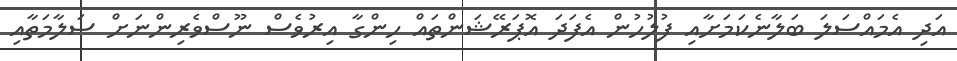
އަދި އެމައްސަލަ ބަލާނެކަމަށާއި ފުލުހުން އެފަދަ އޮޕަރޭޝަންތައް ހިންގާ އިރުވެސް ނޫސްވެރިންނަށް ސަލާމަތާއި